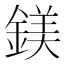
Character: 鎂